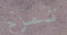
تمزح